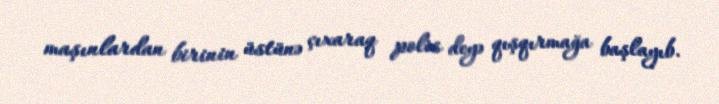
maşınlardan birinin üstünə çıxaraq polis deyə qışqırmağa başlayıb.